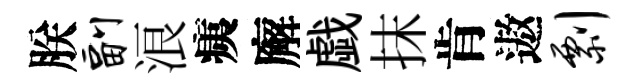
朕副浪痍廨戯抹肯遨剽